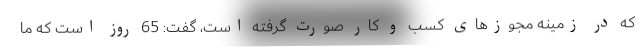
که در زمینه مجوزهای کسب و کار صورت گرفته است، گفت: 65 روز است که ما